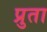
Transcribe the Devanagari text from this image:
प्रुता